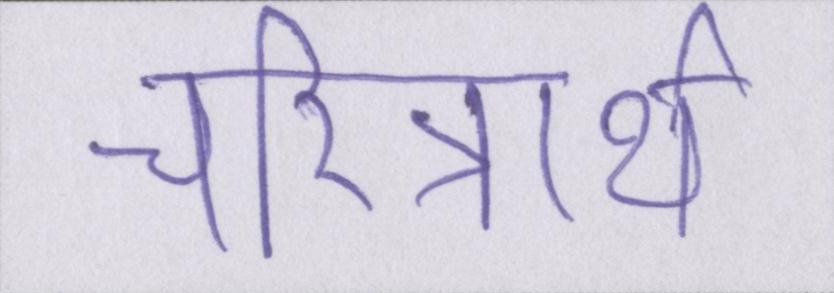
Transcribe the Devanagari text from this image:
चरित्रार्थ